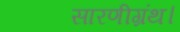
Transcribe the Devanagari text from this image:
सारणीग्रंथ।